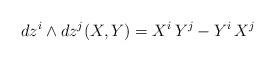
LaTeX: \begin{align*}dz^i\wedge dz^j(X,Y)=X^i\,Y^j-Y^i\,X^j\ \end{align*}